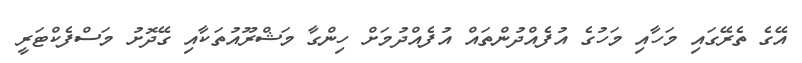
އޭގެ ތެރޭގައި މަހާއި މަހުގެ އުފެއްދުންތައް އުފެއްދުމަށް ހިންގާ މަޝްރޫއުތަކާއި ގޭދޮށު މަސްފެކްޓަރީ